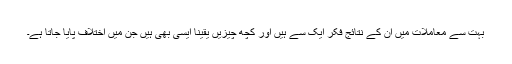
بہت سے معاملات میں ان کے نتائج فکر ایک سے ہیں اور کچھ چیزیں یقیناً ایسی بھی ہیں جن میں اختلاف پایا جاتا ہے۔